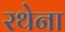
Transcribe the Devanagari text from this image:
रथेना